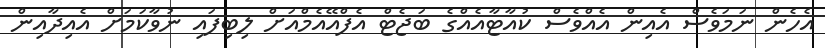
އެހެން ނަމަވެސް އެއިން އެއްވެސް ކުއާޓާއެއްގެ ބަޖެޓް އެފްއޭއެމްއަށް ލިބިފައި ނުވާކަމަށް އެއިދާއިން